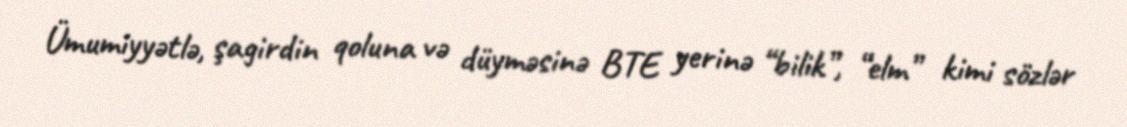
Ümumiyyətlə, şagirdin qoluna və düyməsinə BTE yerinə “bilik”, “elm” kimi sözlər